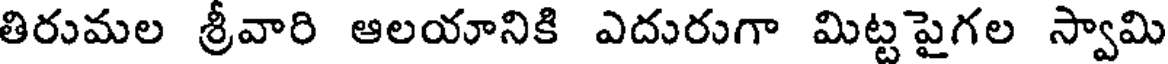
తిరుమల శ్రీవారి ఆలయానికి ఎదురుగా మిట్టపైగల స్వామి